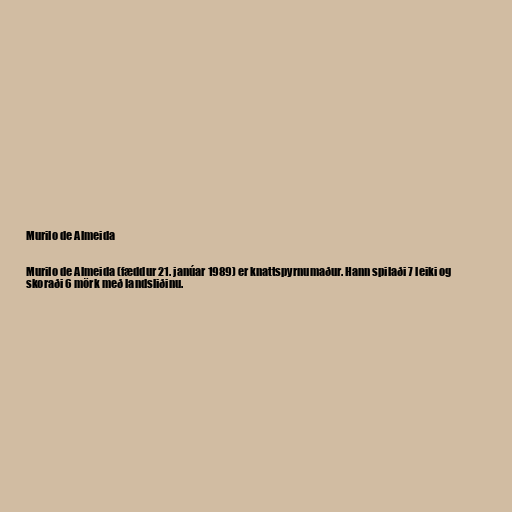
Murilo de Almeida

Murilo de Almeida (fæddur 21. janúar 1989) er knattspyrnumaður. Hann spilaði 7 leiki og
skoraði 6 mörk með landsliðinu.